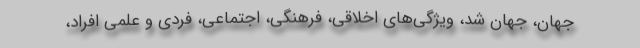
جهان، جهان شد، ویژگی‌های اخلاقی، فرهنگی، اجتماعی، فردی و علمی افراد،